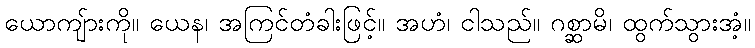
ယောကျ်ားကို။ ယေန၊ အကြင်တံခါးဖြင့်။ အဟံ၊ ငါသည်။ ဂစ္ဆာမိ၊ ထွက်သွားအံ့။